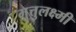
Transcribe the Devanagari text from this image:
मुत्तुलक्ष्मी